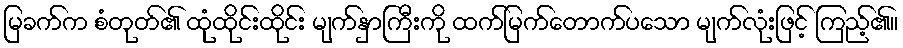
မြခက်က စံတုတ်၏ ထုံထိုင်းထိုင်း မျက်နှာကြီးကို ထက်မြက်တောက်ပသော မျက်လုံးဖြင့် ကြည့်၏။